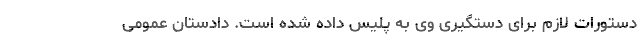
دستورات لازم برای دستگیری وی به پلیس داده ‌شده است. دادستان عمومی